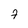
Character: 7